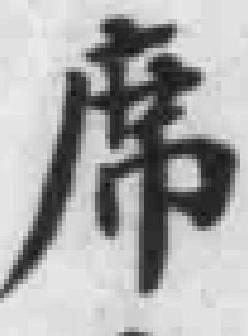
席